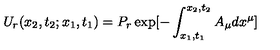
U _ { r } ( x _ { 2 } , t _ { 2 } ; x _ { 1 } , t _ { 1 } ) = P _ { r } \exp [ - \int _ { x _ { 1 } , t _ { 1 } } ^ { x _ { 2 } , t _ { 2 } } A _ { \mu } d x ^ { \mu } ]